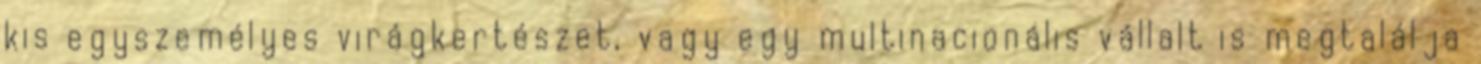
kis egyszemélyes virágkertészet, vagy egy multinacionális vállalt is megtalálja